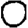
Digit: 0